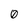
Character: 0